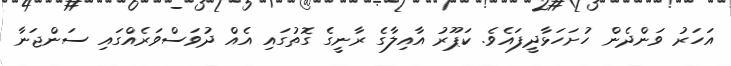
އަހަރު ވަންދެން ހުށަހަޅާދީފައެވެ. ކަޕޫރު އާއިލާގެ ރާނީގެ ގޮތުގައި އެއް ދުވަސްވަރެއްގައި ސަންޖަނާ